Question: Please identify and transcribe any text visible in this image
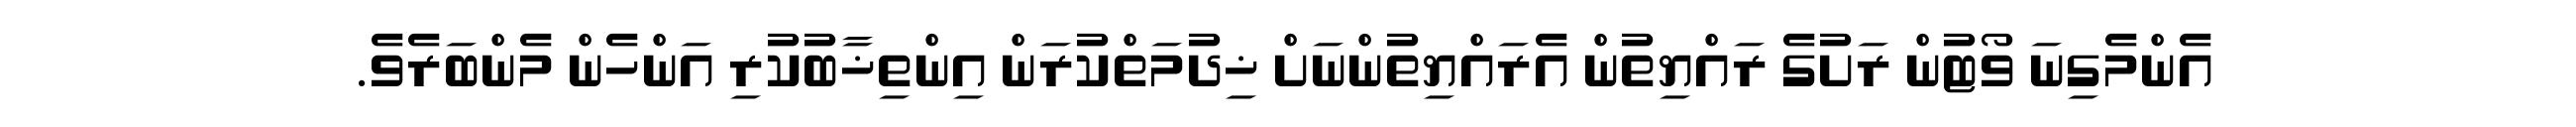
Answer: އެންމެގިނަ ވޯޓުން ރަށުގެ ރައްޔިތުން އެރައްޔިތުންނަށް ޚިދުމަތްކުރަން އިންތިޚާބުކުރި އަންހެން މެންބަރެވެ.